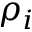
\rho _ { i }